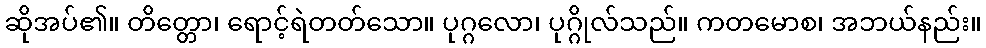
ဆိုအပ်၏။ တိတ္တော၊ ရောင့်ရဲတတ်သော။ ပုဂ္ဂလော၊ ပုဂ္ဂိုလ်သည်။ ကတမောစ၊ အဘယ်နည်း။